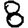
Digit: 8